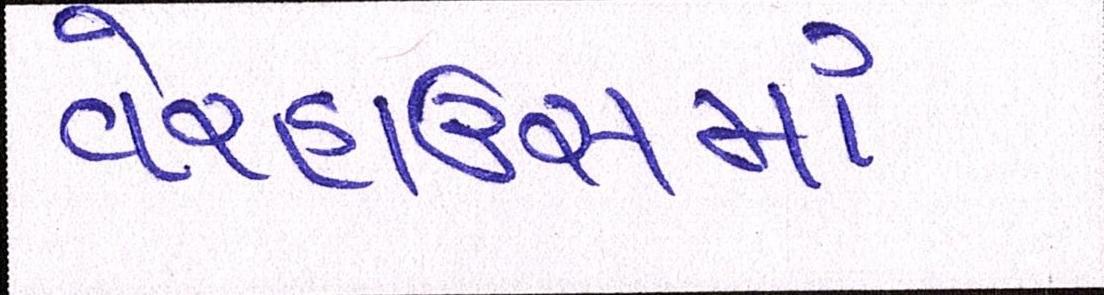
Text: વેરહાઉસમાં